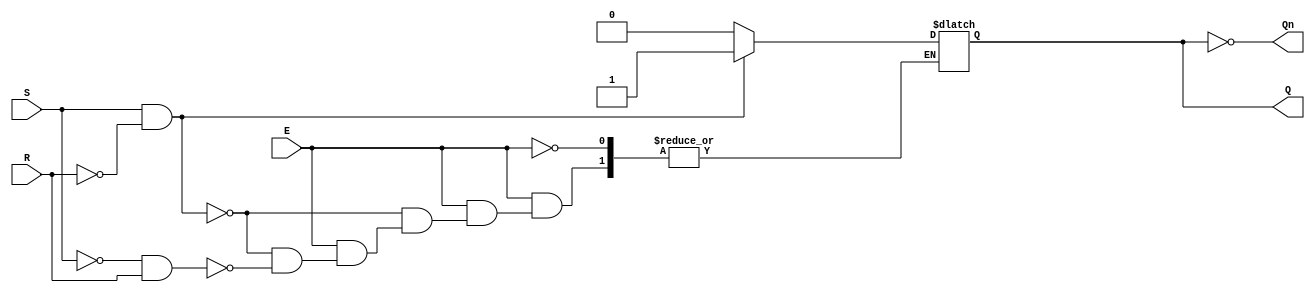
module gated_sr_latch (
    input wire S,      // Set input
    input wire R,      // Reset input
    input wire E,      // Enable input
    output reg Q,      // Output Q
    output wire Qn     // Complementary output Q'
);

// Complementary output
assign Qn = ~Q;

// Always block to implement the gated SR latch behavior
always @(*) begin
    if (E) begin
        if (S && !R) begin
            Q = 1;  // Set Q to 1
        end else if (!S && R) begin
            Q = 0;  // Reset Q to 0
        end else if (S && R) begin
            // Invalid state (S = 1, R = 1), typically do nothing or handle as needed
            // Here we can choose to retain the previous state
            // Q remains unchanged
        end
        // If S = 0 and R = 0, maintain the current state (do nothing)
    end
    // If E = 0, Q retains its previous state (no change)
end

endmodule